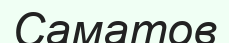
Саматов